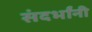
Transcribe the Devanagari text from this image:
संदर्भांनी